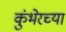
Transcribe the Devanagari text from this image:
कुंभेरच्या